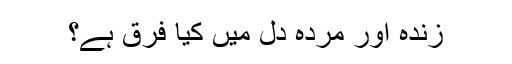
زندہ اور مردہ دل میں کیا فرق ہے؟